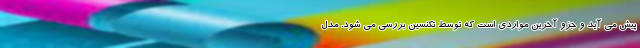
پیش می آید و جزو آخرین مواردی است که توسط تکنسین بررسی می شود. مدل